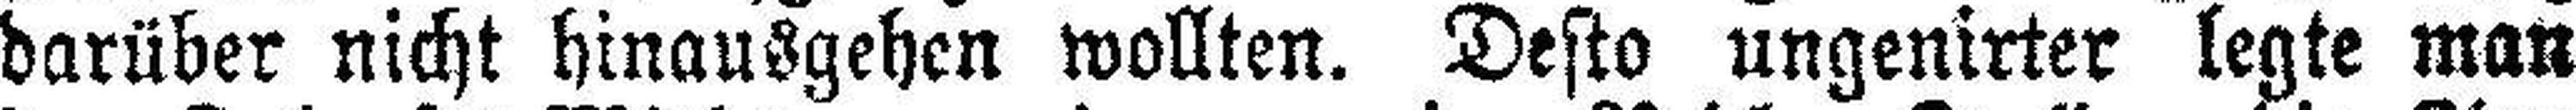
darüber nicht hinausgehen wollten. Desto ungenirter legte man